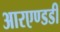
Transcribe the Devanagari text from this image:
आरएण्डडी